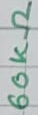
Text: 60KΩ